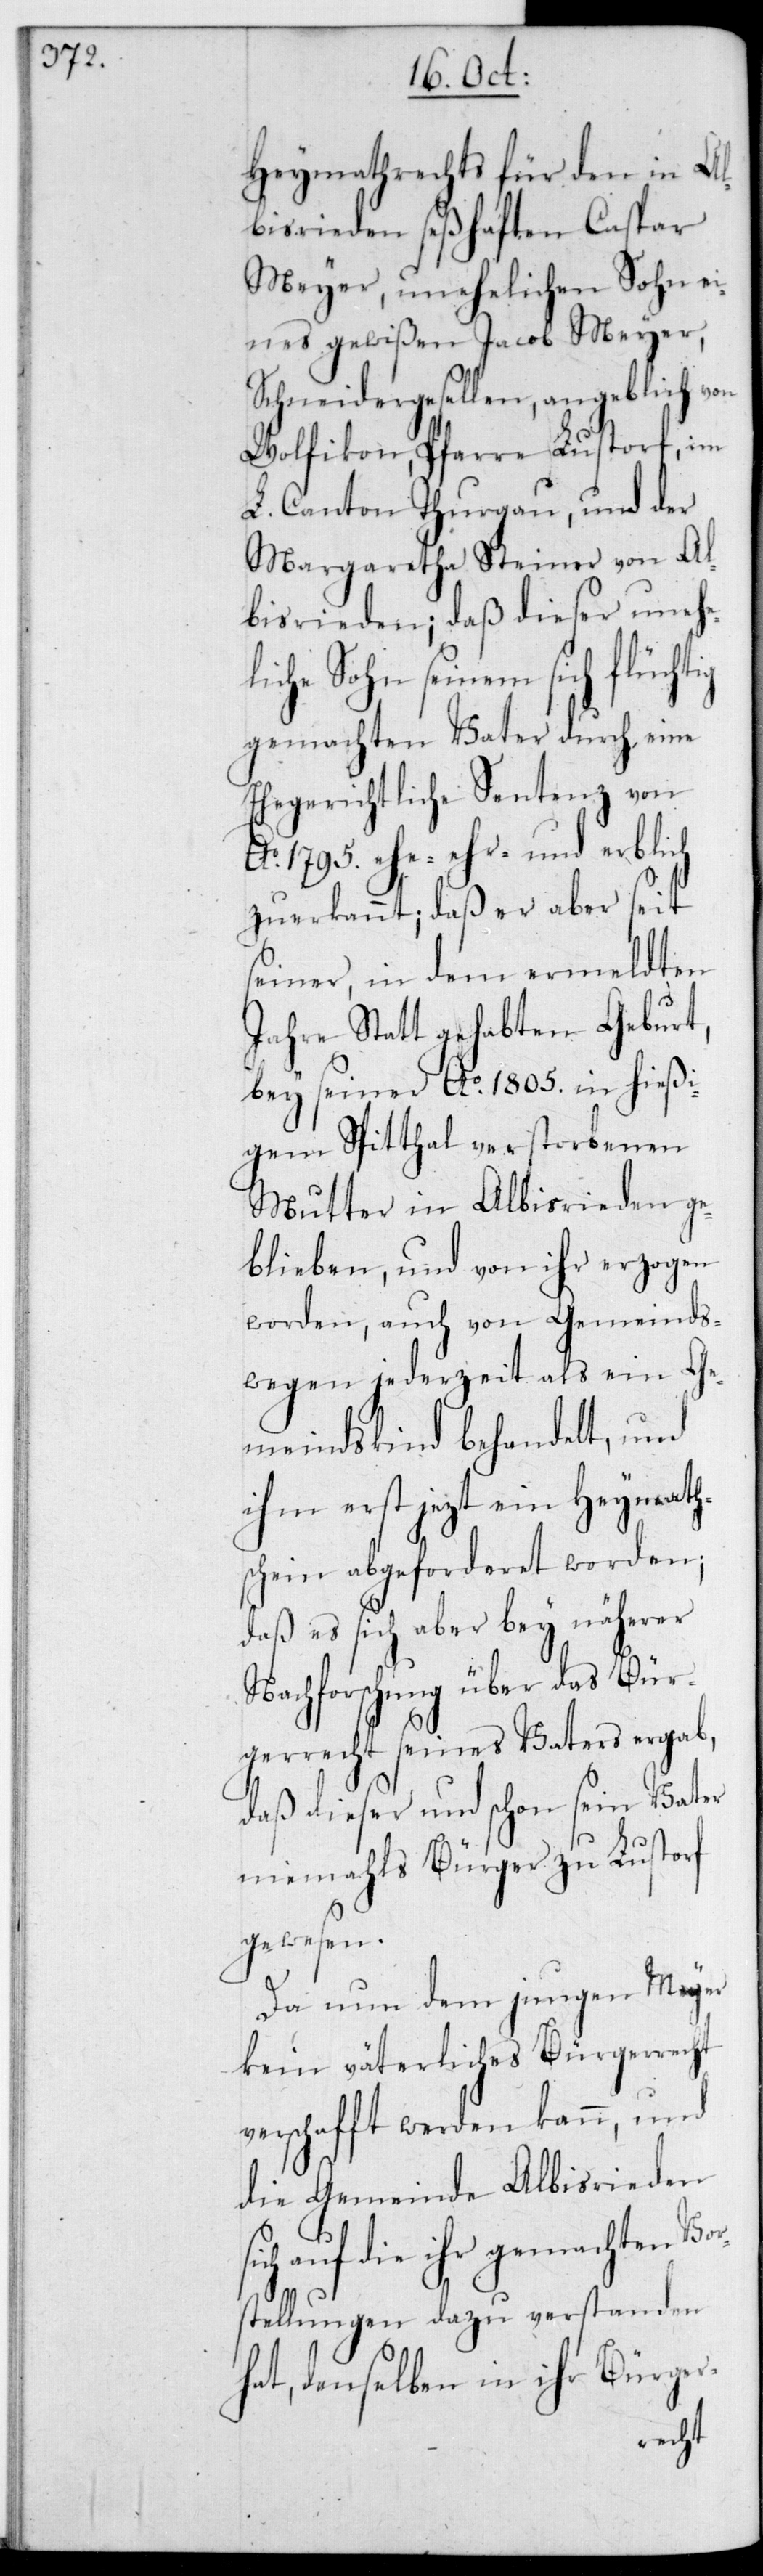
ig

Heymathrechts für den in Al¬
bisrieden seßhaften Caspar
Meyer, unehelichen Sohn ei¬
nes gewißen Jacob Meyer,
Schneidergesellen, angeblich von
Wolfikon, Pfarre Lustorf im
L. Canton Thurgau, und der
Margaretha Steiner von Al¬
bisrieden; daß dieser unehel¬
iche Sohn seinem sich flücht¬
gemachten Vater durch eine
Ehehgerichtliche Sentenz von
Ao 1795 ehe- [,] ehr- und erblich
zuerkannt, daß er aber seit
seiner, in dem ermeldten
Jahre Statt gehabten Geburt,
bey seiner Ao 1805 in hießi¬
gem Spitthal verstorbenen
Mutter in Albisrieden ge¬
blieben, und von ihr erzogen
worden, auch von Gemeinds¬
wegen jederzeit als ein Ge¬
meindskind behandelt, und
ihm erst jezt ein Heymath¬
schein abgeforderet worden;
daß es sich aber bey näherer
Nachforschung über das Bür¬
gerrecht seines Vaters ergab,
daß dieser und schon sein Vater
niemahls Bürger zu Lustorf
gewesen.
Da nun dem jungen Meyer
kein väterliches Bürgerrecht
verschafft werden kann, und
die Gemeinde Albisrieden
auf die ihr gemachten Vo¬
rstellungen dazu verstanden
hat, denselben in ihr Bürger-